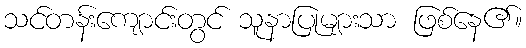
သင်တန်းကျောင်းတွင် သူနာပြုများသာ ဖြစ်နေ၏။